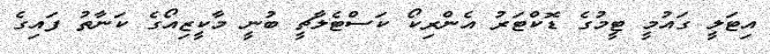
އިޓަލީ ގައުމީ ޓީމުގެ ޑޮކްޓަރު އެންރިކޯ ކަސްޓެލާޗީ ބުނީ މާކީޒިއޯގެ ކަނާތު ފައިގެ